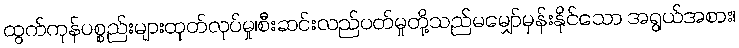
ထွက်ကုန်ပစ္စည်းများထုတ်လုပ်မှု၊စီးဆင်းလည်ပတ်မှုတို့သည်မမျှော်မှန်းနိုင်သော အရွယ်အစား၊